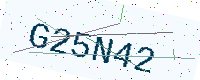
Text: G25N42